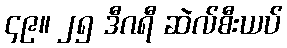
၄၉။ ၂၅ ဒီဂရီ ဆဲလ်စီးယပ်